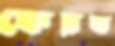
ফেরত